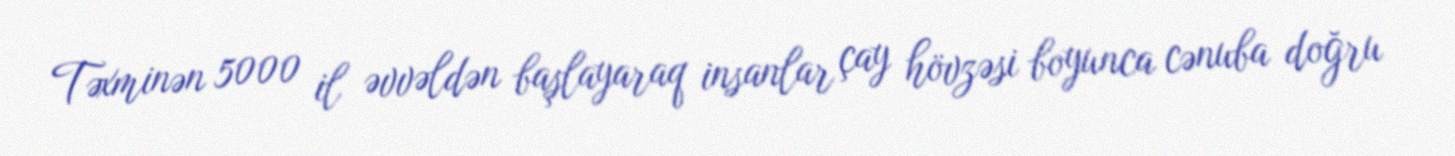
Təxminən 5000 il əvvəldən başlayaraq insanlar çay hövzəsi boyunca cənuba doğru